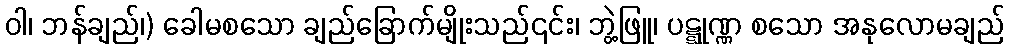
ဝါ၊ ဘန်ချည်၊) ခေါမစသော ချည်ခြောက်မျိုးသည်၎င်း၊ ဘွဲ့ဖြူ၊ ပဋ္ဋုဏ္ဏ စသော အနုလောမချည်